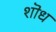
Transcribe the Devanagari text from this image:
शॊध